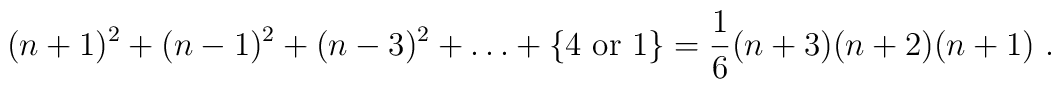
(n+1)^2 + (n-1)^2 + (n-3)^2 + \ldots + \{ 4\ {\rm or}\ 1\} =\frac{1}{6}(n+3)(n+2)(n+1)\ .